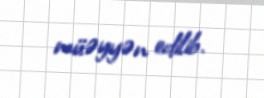
müəyyən edilib.